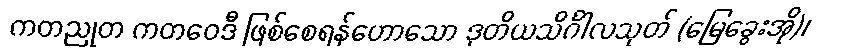
ကတညုတ ကတဝေဒီ ဖြစ်စေရန်ဟောသော ဒုတိယသိင်္ဂါလသုတ် (မြေခွေးအို)၊